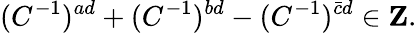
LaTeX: (C^{-1})^{ad}+(C^{-1})^{bd}-(C^{-1})^{\bar{c}d}\in{\mathbf Z}.